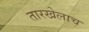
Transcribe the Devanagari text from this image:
तारखेलाच